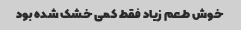
خوش طعم زیاد فقط کمی خشک شده بود